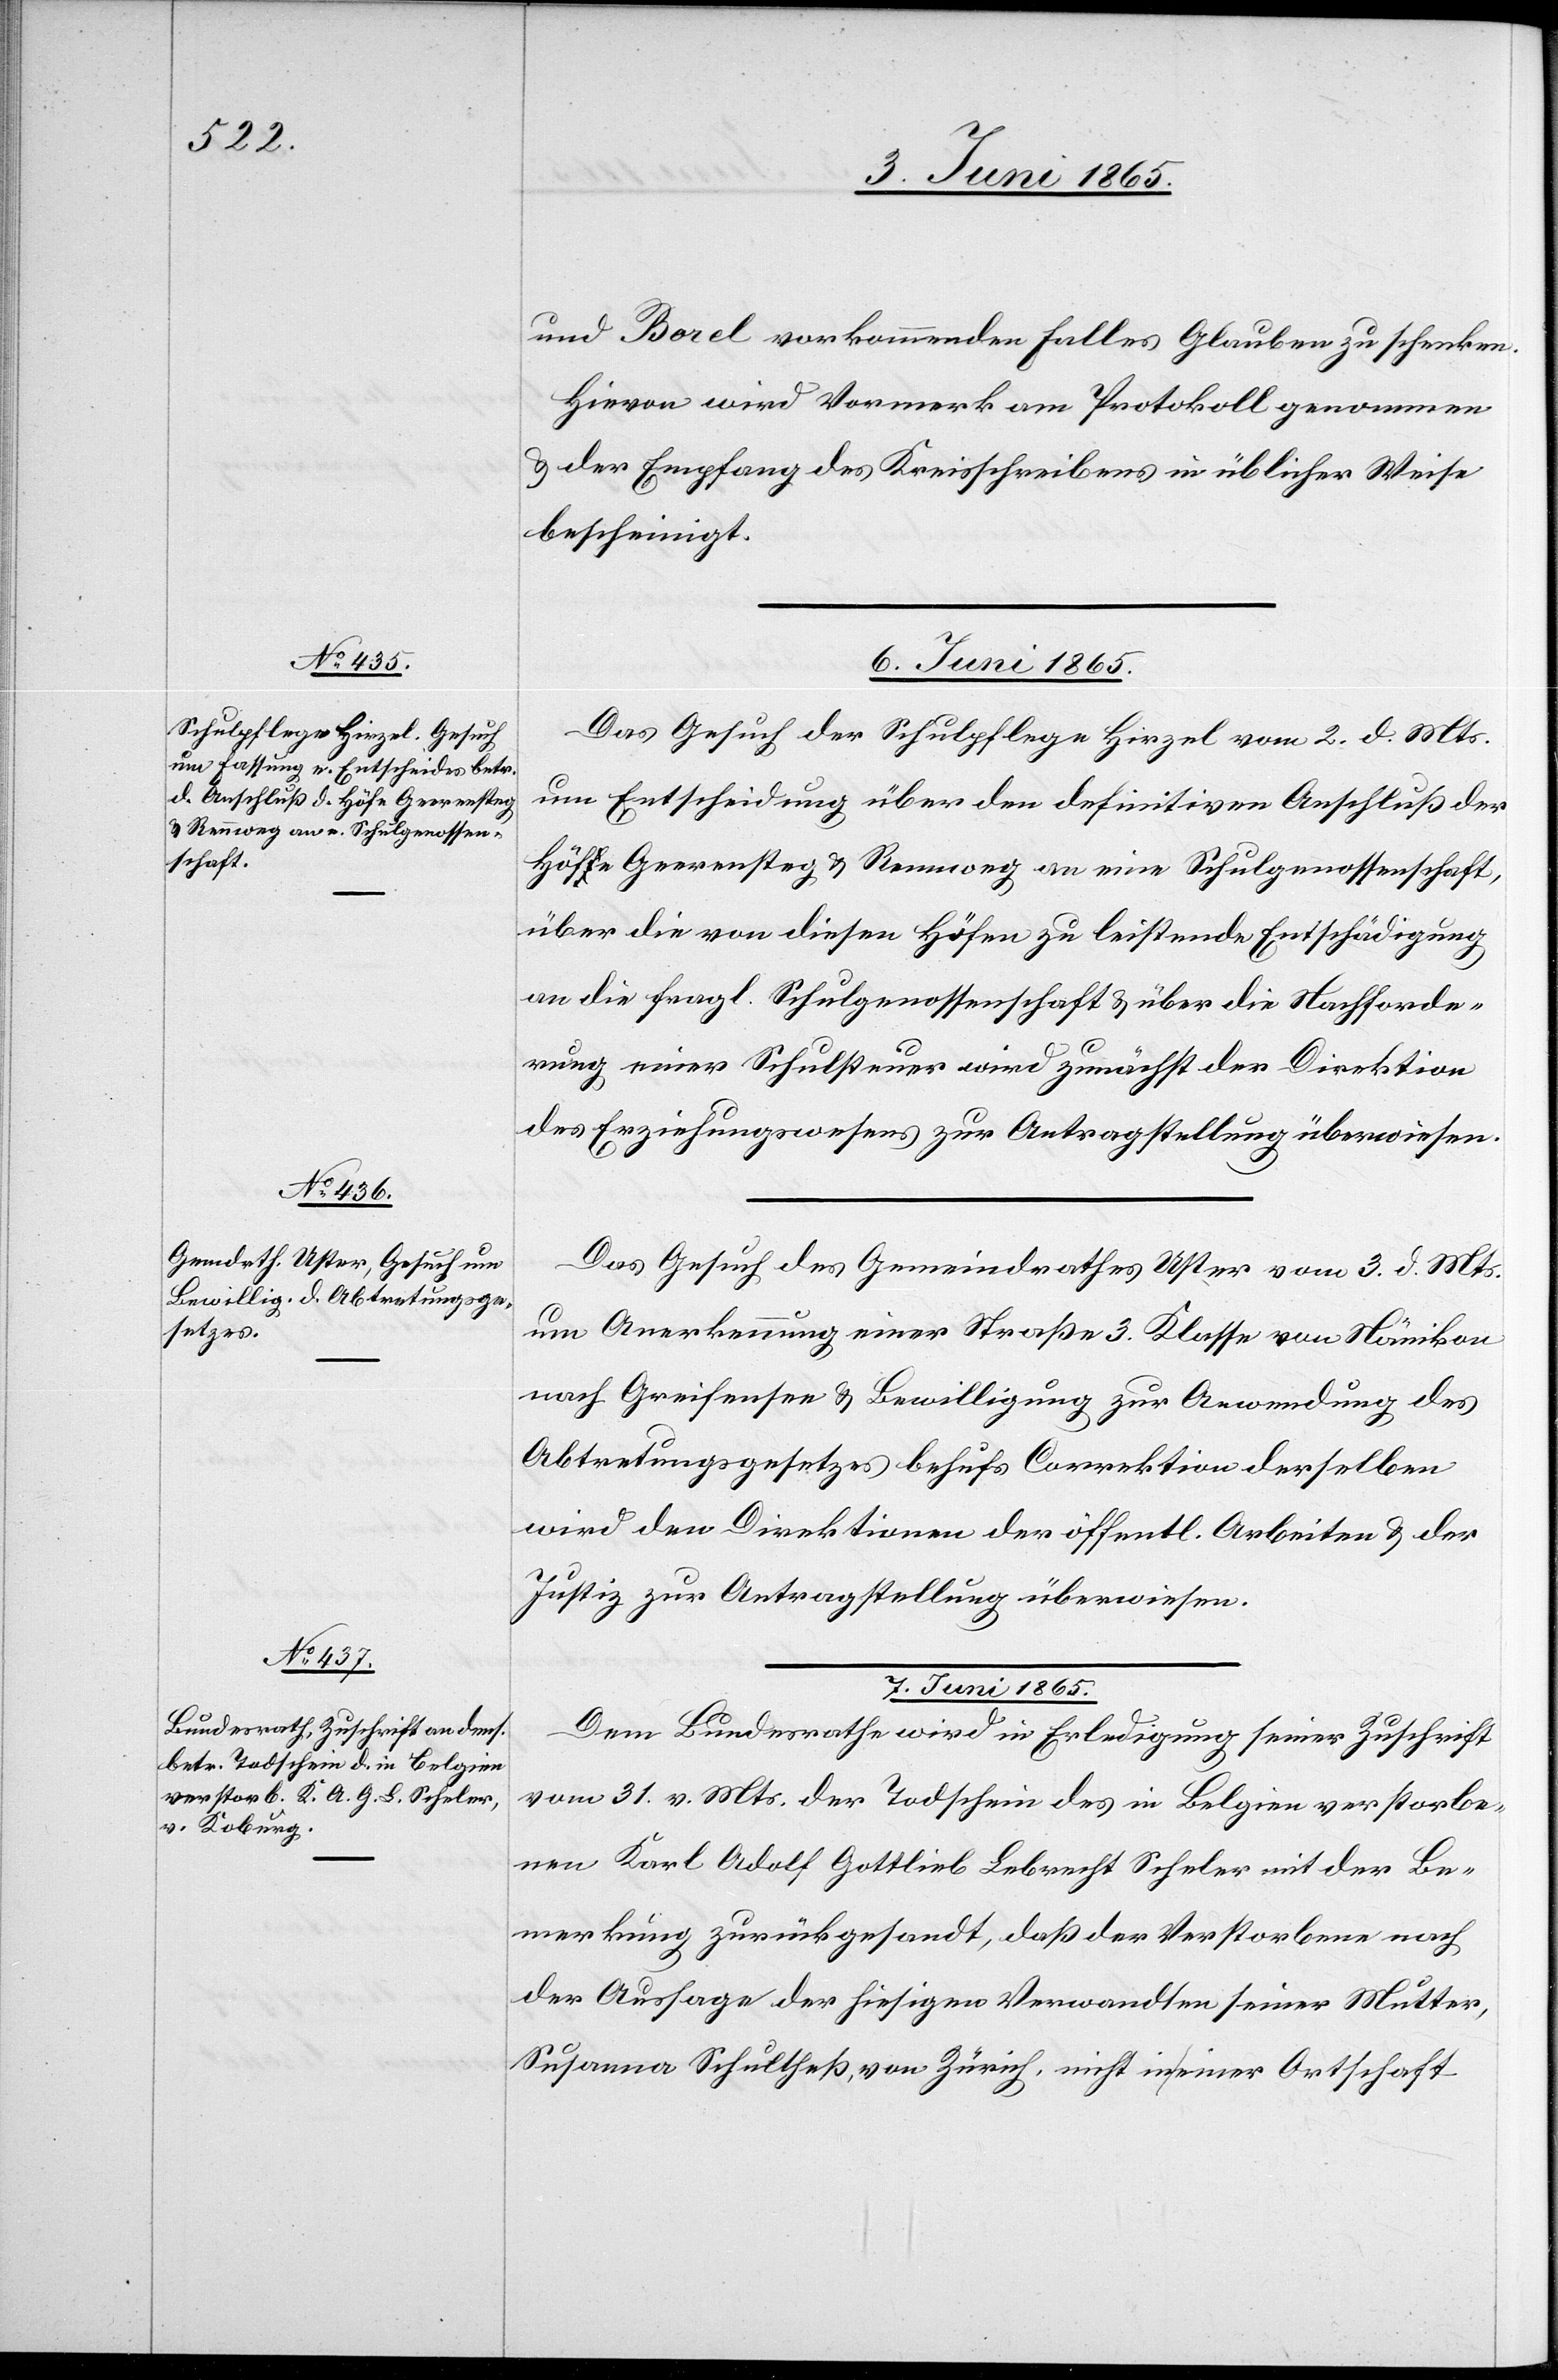
und Borel vorkommenden Falles Glauben zu schenken.
Hievon wird Vormerk am Protokoll genommen
& der Empfang des Kreisschreibens in üblicher Weise
bescheinigt.
7. Juni 1865.
Das Gesuch der Schulpflege Hirzel vom 2. d. Mts.
um Entscheidung über den definitiven Anschluß der
Höfe Geerensteg & Rennweg an eine Schulgenossenschaft,
über die von diesen Höfen zu leistende Entschädigung
an die fragl. Schulgenossenschaft & über die Nachforde¬
rung einer Schulsteuer wird zunächst der Direktion
des Erziehungswesens zur Antragstellung überwiesen.
Das Gesuch des Gemeindrathes Uster vom 3. d. Mts.
um Anerkennung einer Straße 3. Klasse von Nänikon
nach Greifensee & Bewilligung zur Anwendung des
Abtretungsgesetzes behufs Correktion derselben
wird den Direktionen der öffentl. Arbeiten & der
Justiz zur Antragstellung überwiesen.
Dem Bundesrathe wird in Erledigung seiner Zuschrift
vom 31. v. Mts. der Todschein des in Belgien verstorbe¬
nen Karl Adolf Gottlieb Lebrecht Scheler mit der Be¬
merkung zurückgesandt, das der Verstorbene nach
der Aussage der hiesigen Verwandten seiner Mutter,
Susanna Schultheß, von Zürich, nicht in einer Ortschaft